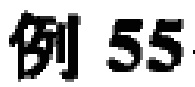
例 55